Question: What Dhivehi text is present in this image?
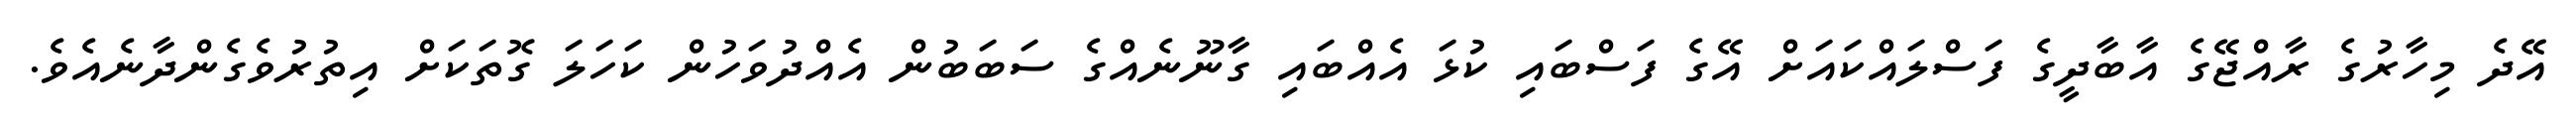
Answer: އޭދެ މިހާރުގެ ރާއްޖޭގެ އާބާދީގެ ފަސްލައްކައަށް އޭގެ ފަސްބައި ކުޅަ އެއްބައި ގާނޫނެއްގެ ސަބަބުން އެއްދުވަހުން ކަހަލަ ގޮތަކަށް އިތުރުވެގެންދާނެއެވެ.